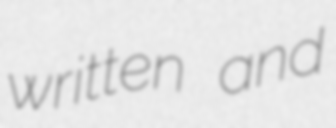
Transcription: written and